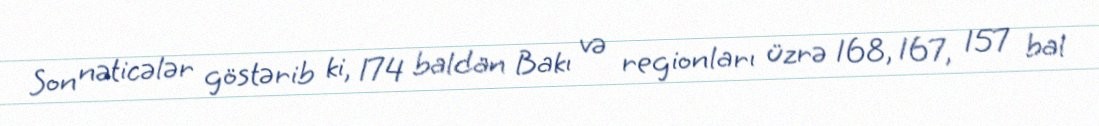
Son nəticələr göstərib ki, 174 baldan Bakı və regionları üzrə 168, 167, 157 bal